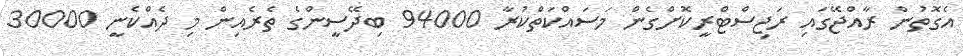
އެގޮތުން ރާއްޖޭގައި ރަޖިސްޓްރީކޮށްގެން މަސައްކަތްކުރާ 94000 ބިދޭސީންގެ ތެރެއިން މި ދެއްކެނީ 30000